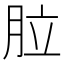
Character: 䏠